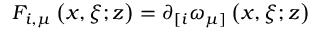
F _ { i , \mu } \left( x , \xi ; z \right) = \partial _ { \lbrack i } \omega _ { \mu ] } \left( x , \xi ; z \right)